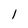
Character: 1